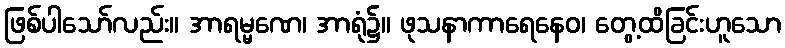
ဖြစ်ပါသော်လည်း။ အာရမ္မဏေ၊ အာရုံ၌။ ဖုသနာကာရေနေဝ၊ တွေ့ထိခြင်းဟူသော